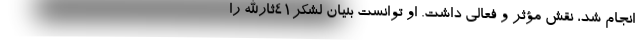
انجام شد، نقش مؤثر و فعالی داشت. او توانست بنیان لشکر۴۱ثارالله را